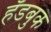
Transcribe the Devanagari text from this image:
हँडबुक